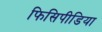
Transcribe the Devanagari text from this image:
फिसिपीडिया